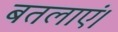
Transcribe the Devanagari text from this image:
बतलाएं।